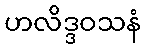
ဟလိဒ္ဒဝသနံ